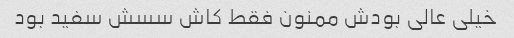
خیلی عالی بودش ممنون فقط کاش سسش سفید بود